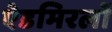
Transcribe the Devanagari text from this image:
ऐडमिरलों